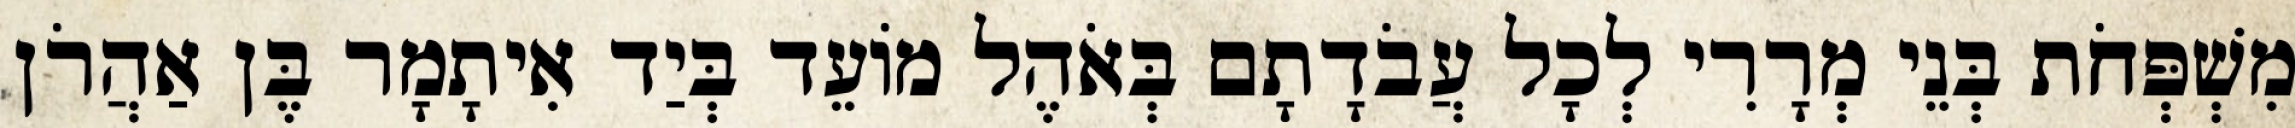
מִשְׁפְּחֹת בְּנֵי מְרָרִי לְכָל עֲבֹדָתָם בְּאֹהֶל מוֹעֵד בְּיַד אִיתָמָר בֶּן אַהֲרֹן